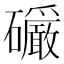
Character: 𪿿